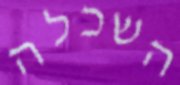
השכלה